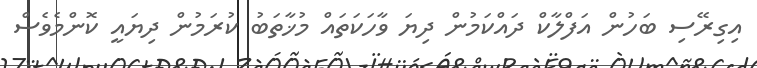
އިގިރޭސި ބަހުން އަފްލާކް ދައްކަމުން ދިޔަ ވާހަކަތައް މުޚާތަބު ކުރަމުން ދިޔައީ ކޮންމެވެސް